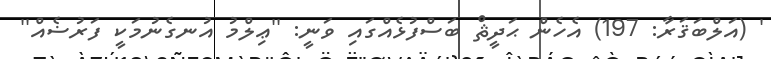
' (އަލްބަޤަރާ: 197) އެހެން ޙަދީޘް ބަސްފުޅެއްގައި ވަނީ: ''ޢިލްމު އުނގެނުމަކީ ފަރުޟެއް''